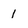
Character: 1